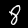
Digit: 8